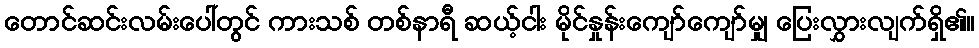
တောင်ဆင်းလမ်းပေါ်တွင် ကားသစ် တစ်နာရီ ဆယ့်ငါး မိုင်နှုန်းကျော်ကျော်မျှ ပြေးလွှားလျက်ရှိ၏။